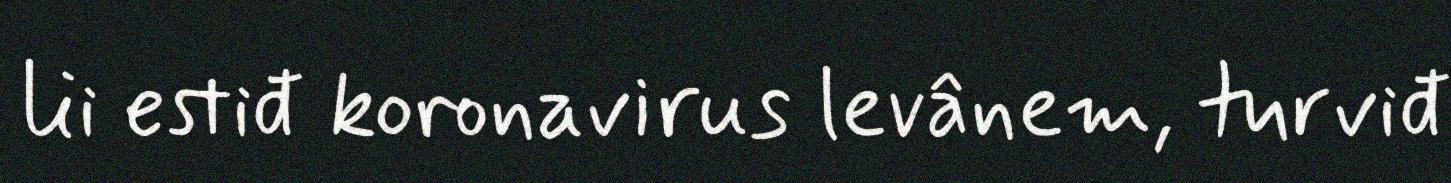
lii estiđ koronavirus levânem, turviđ